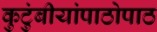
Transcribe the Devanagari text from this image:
कुटुंबीयांपाठोपाठ